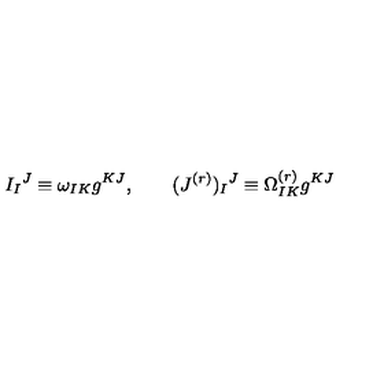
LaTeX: I _ { I } { } ^ { J } \equiv \omega _ { I K } g ^ { K J } , \qquad ( J ^ { ( r ) } ) _ { I } { } ^ { J } \equiv \Omega _ { I K } ^ { ( r ) } g ^ { K J }